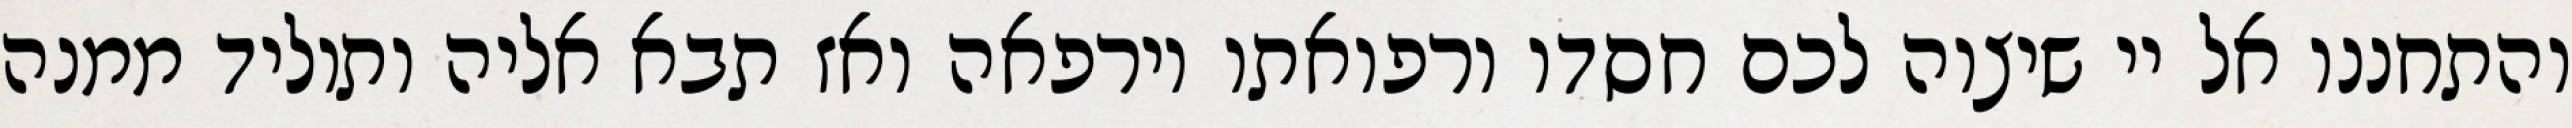
והתחננו אל יי שיצוה לכם חסדו ורפואתו וירפאה ואז תבא אליה ותוליד ממנה